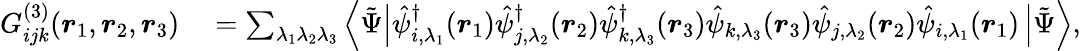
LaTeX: \begin{array}{rl}{G_{ijk}^{(3)}(\boldsymbol{r}_{1},\boldsymbol{r}_{2},\boldsymbol{r}_{3})}&{{}=\sum_{\lambda_{1}\lambda_{2}\lambda_{3}}\left\langle\tilde{\Psi}\right|\hat{\psi}_{i,\lambda_{1}}^{\dagger}(\boldsymbol{r}_{1})\hat{\psi}_{j,\lambda_{2}}^{\dagger}(\boldsymbol{r}_{2})\hat{\psi}_{k,\lambda_{3}}^{\dagger}(\boldsymbol{r}_{3})\hat{\psi}_{k,\lambda_{3}}(\boldsymbol{r}_{3})\hat{\psi}_{j,\lambda_{2}}(\boldsymbol{r}_{2})\hat{\psi}_{i,\lambda_{1}}(\boldsymbol{r}_{1})\left|\tilde{\Psi}\right\rangle,}\end{array}